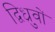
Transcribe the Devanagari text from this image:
द्विध्रुवों